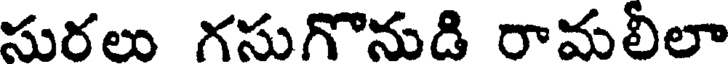
సురలు గసుగొనుడి రామలీలా